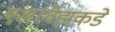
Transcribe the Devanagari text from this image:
एअरवेझकडे